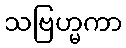
သဗြဟ္မကာ